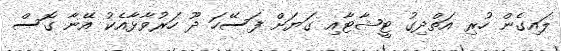
ލައިގެން ހުރި އަތްދިގު ޓީޝާޓާއި ގަޔަށް ފަސޭހަ ދޫ ހަރުވާޅާއެކު އޭނާ ގޮސް